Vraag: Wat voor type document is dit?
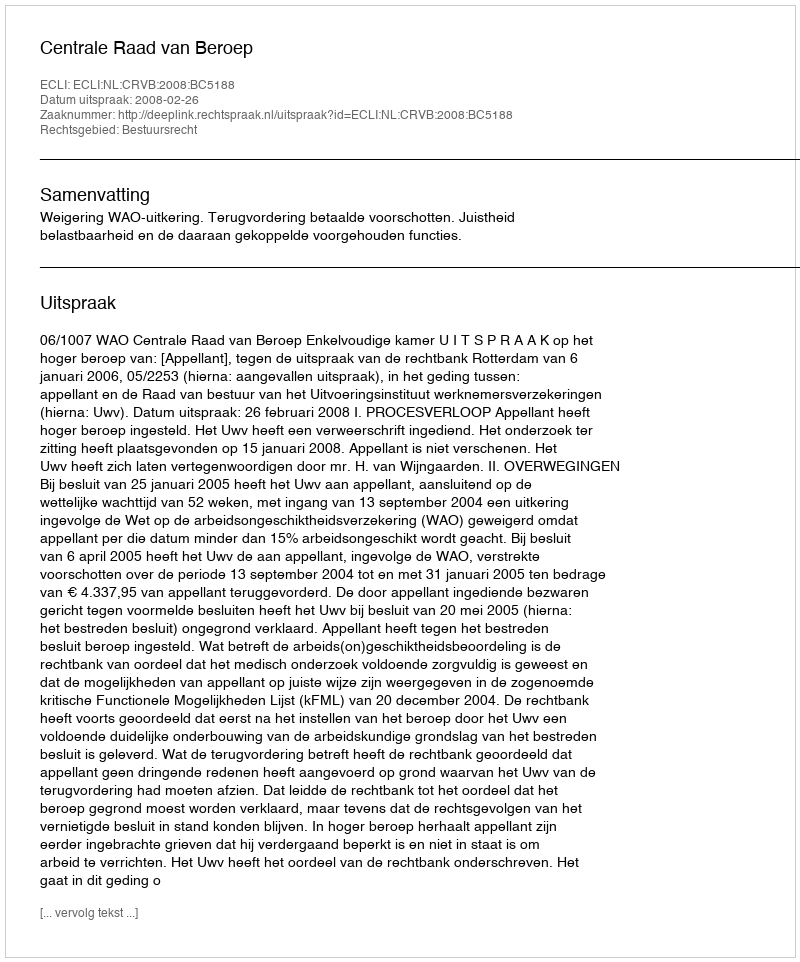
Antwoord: Uitspraak